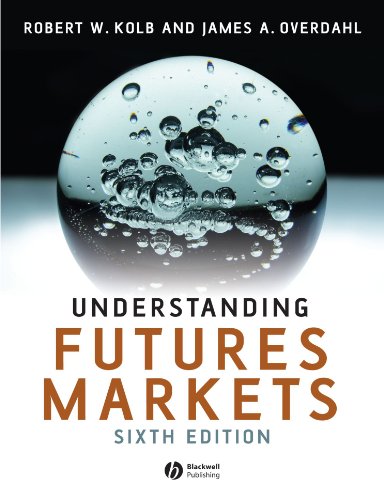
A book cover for Understanding Futures Markets; Robert W. Kolb; Business & Money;